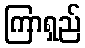
ကြာရှည်